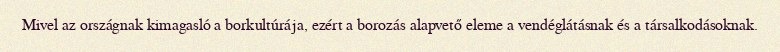
Mivel az országnak kimagasló a borkultúrája, ezért a borozás alapvető eleme a vendéglátásnak és a társalkodásoknak.